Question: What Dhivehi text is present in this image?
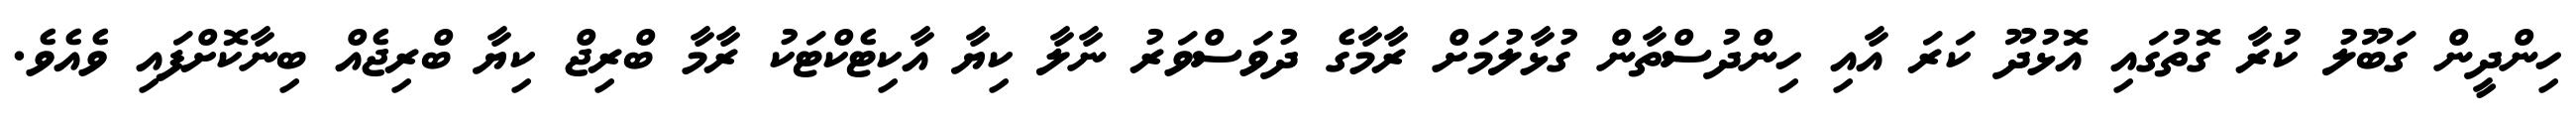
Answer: ހިންދީން ގަބޫލު ކުރާ ގޮތުގައި އޮޅުދޫ ކަރަ އާއި ހިންދުސްތާން ގުޅާލުމަށް ރާމާގެ ދުވަސްވަރު ނާލާ ކިޔާ އާކިޓެކްޓަކު ރާމާ ބްރިޖް ކިޔާ ބްރިޖެއް ބިނާކޮށްފައި ވެއެވެ.